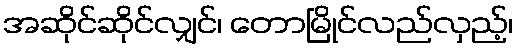
အဆိုင်ဆိုင်လျှင်၊ တောမြိုင်လည်လှည့်၊